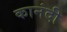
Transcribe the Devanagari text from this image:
कानंदी